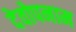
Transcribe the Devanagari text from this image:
देवोपनाम